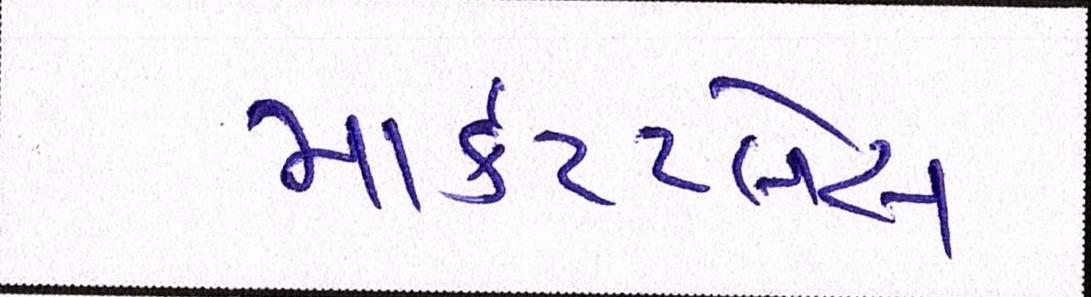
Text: માર્કેટપ્લેસ